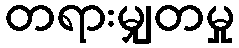
တရားမျှတမှု